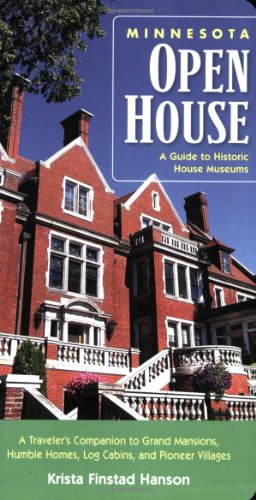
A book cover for MINNESOTA OPEN HOUSE A Guide to Historic House Museums; Krista Finstad Hanson; Travel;